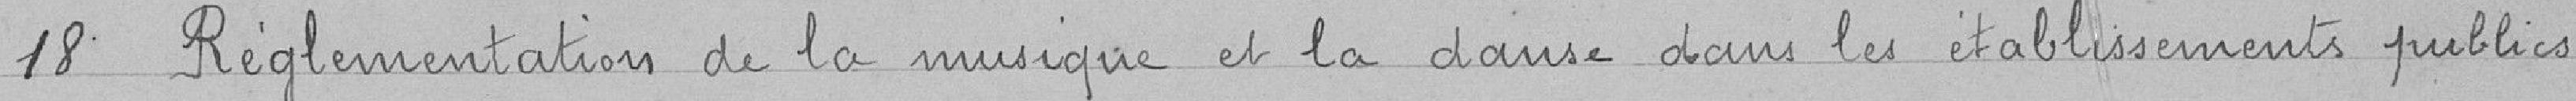
18. Règlementation de la musique et la danse dans les établissements publics